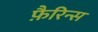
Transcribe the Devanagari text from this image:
फ़ैरिन्स